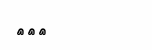
١٦٤